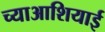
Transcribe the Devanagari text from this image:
च्याआशियाई